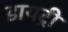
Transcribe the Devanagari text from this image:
डायट्री